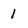
Character: 1